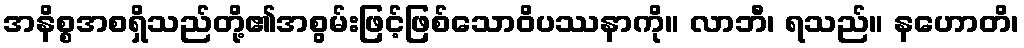
အနိစ္စအစရှိသည်တို့၏အစွမ်းဖြင့်ဖြစ်သောဝိပဿနာကို။ လာဘီ၊ ရသည်။ နဟောတိ၊